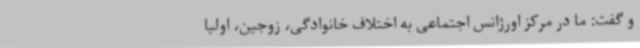
و گفت: ما در مرکز اورژانس اجتماعی به اختلاف خانوادگی، زوجین، اولیا